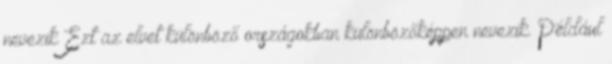
nevezik Ezt az elvet különböző országokban különbözőképpen nevezik. Például